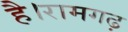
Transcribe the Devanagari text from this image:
है।रामगढ़